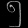
Digit: ၅